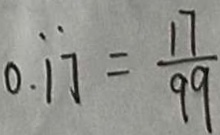
0 . \dot { 1 } \dot { 7 } = \frac { 1 7 } { 9 9 }